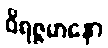
ဝိရဇ္ဇမာနော